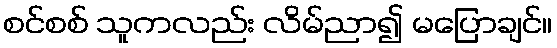
စင်စစ် သူကလည်း လိမ်ညာ၍ မပြောချင်။